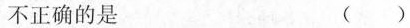
不正确的是 ()